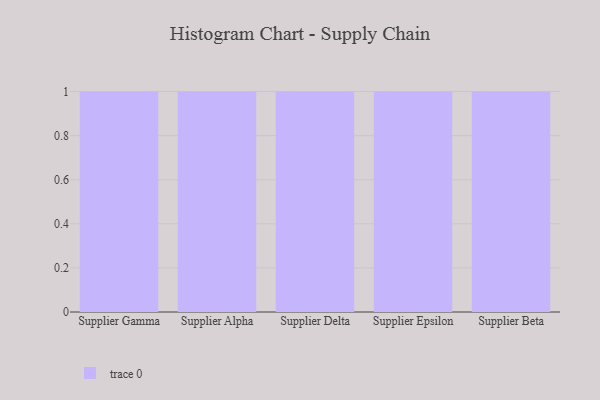
{"axis": {"x": "Supplier", "y": "Latency (ms)"}, "legend": [""], "data": [{"x": "Supplier Gamma", "y": 30, "type": ""}, {"x": "Supplier Alpha", "y": 77, "type": ""}, {"x": "Supplier Delta", "y": 58, "type": ""}, {"x": "Supplier Epsilon", "y": 49, "type": ""}, {"x": "Supplier Beta", "y": 26, "type": ""}]}